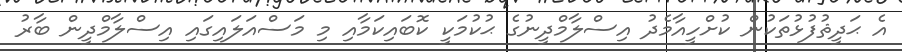
އެ ޙަދީޘުފުޅުތަކުން ކުށްހީއާމެދު އިސްލާމްދީނުގެ ޙުކުމަކީ ކޮބައިކަމާއި މި މަސްއަލައިގައި އިސްލާމްދީން ބާރު